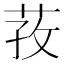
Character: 𰱎